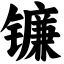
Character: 镰